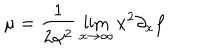
\mu = \frac { 1 } { 2 \alpha ^ { 2 } } \lim _ { x \to \infty } x ^ { 2 } \partial _ { x } f